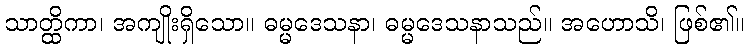
သာတ္ထိကာ၊ အကျိုးရှိသော။ ဓမ္မဒေသနာ၊ ဓမ္မဒေသနာသည်။ အဟောသိ၊ ဖြစ်၏။